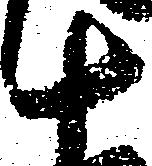
十